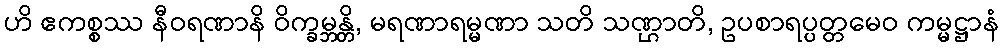
ဟိ ဧကစ္စဿ နီဝရဏာနိ ဝိက္ခမ္ဘန္တိ, မရဏာရမ္မဏာ သတိ သဏ္ဌာတိ, ဥပစာရပ္ပတ္တမေဝ ကမ္မဋ္ဌာနံ